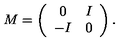
M = \left( \begin{array} { c c } { 0 } & { I } \\ { - I } & { 0 } \\ \end{array} \right) .